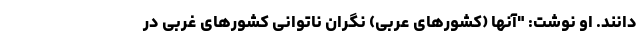
دانند. او نوشت: "آنها (کشورهای عربی) نگران ناتوانی کشورهای غربی در